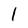
Character: 1